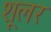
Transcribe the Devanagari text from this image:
शूलर